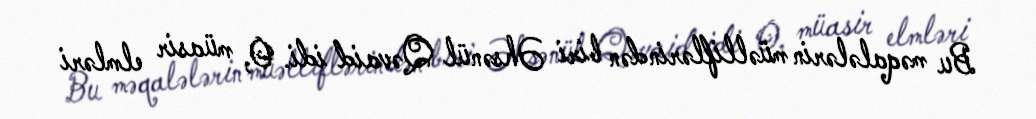
Bu məqalələrin müəlliflərindən biri Əhsənül Qəvaid idi. O, müasir elmləri